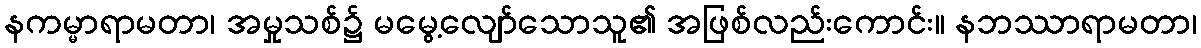
နကမ္မာရာမတာ၊ အမှုသစ်၌ မမွေ့လျော်သောသူ၏ အဖြစ်လည်းကောင်း။ နဘဿာရာမတာ၊